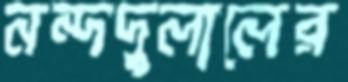
নন্দদুলালের